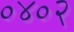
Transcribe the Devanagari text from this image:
०४०२